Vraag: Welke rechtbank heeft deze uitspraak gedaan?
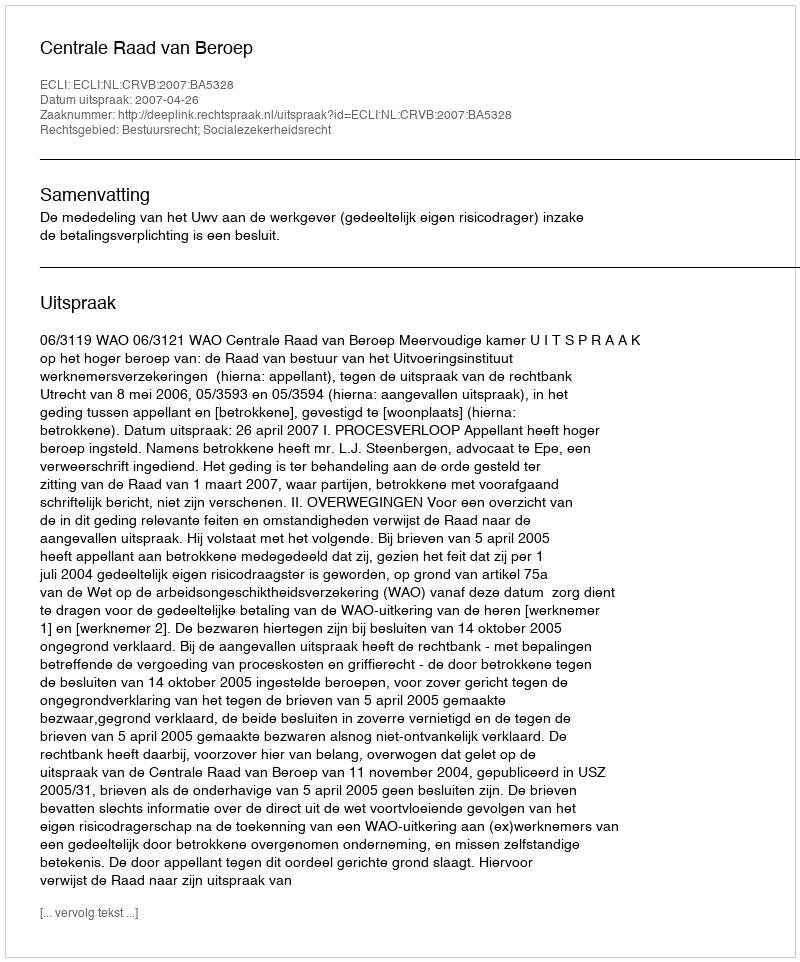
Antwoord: Centrale Raad van Beroep